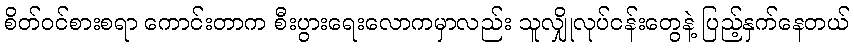
စိတ်ဝင်စားစရာ ကောင်းတာက စီးပွားရေးလောကမှာလည်း သူလျှိုလုပ်ငန်းတွေနဲ့ ပြည့်နှက်နေတယ်